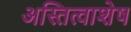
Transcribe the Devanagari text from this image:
अस्तित्वाशेष